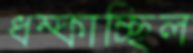
ধম্‌কাচ্ছিল